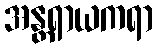
အန္တရာယကရာ